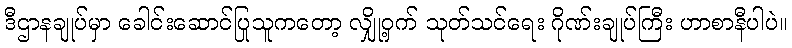
ဒီဌာနချုပ်မှာ ခေါင်းဆောင်ပြုသူကတော့ လျှို့ဝှက် သုတ်သင်ရေး ဂိုဏ်းချုပ်ကြီး ဟာစာနီပါပဲ။